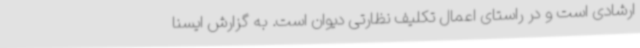
ارشادی است و در راستای اعمال تکلیف نظارتی دیوان است. به گزارش ایسنا